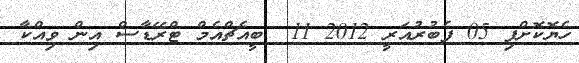
ހެޔޮކޮށްފި 05 ފެބުރުއަރީ 2012 11  ބީއެޗްއެމް ޓްރޭޑާސް އިން ވިއްކާ